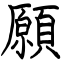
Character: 願